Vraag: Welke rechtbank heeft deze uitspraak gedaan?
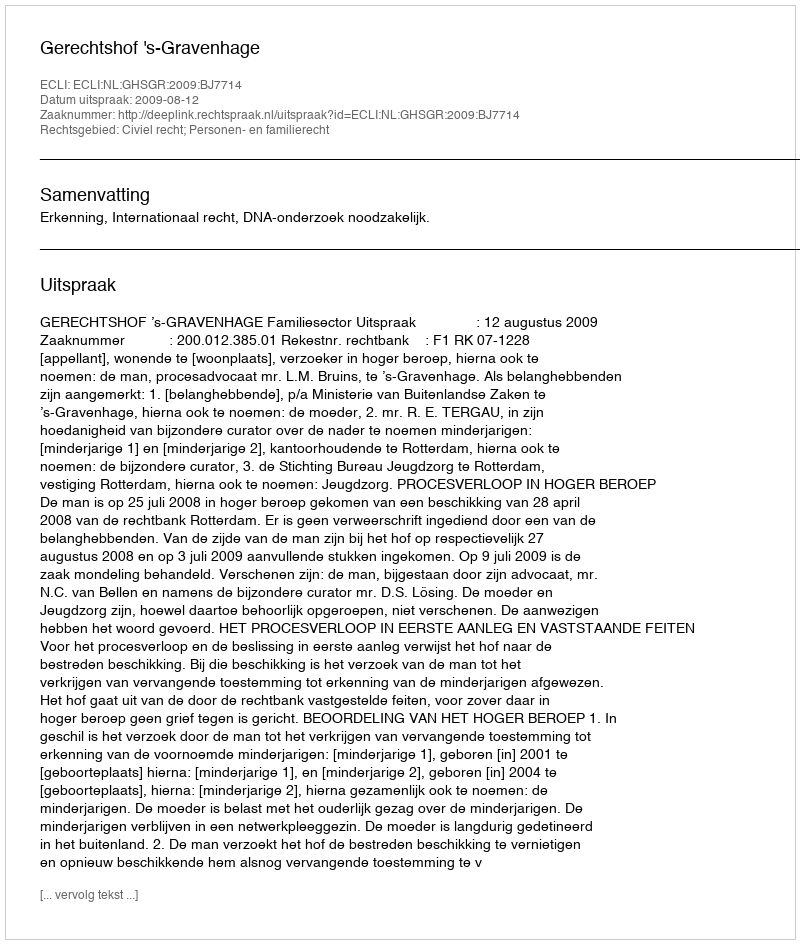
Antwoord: Gerechtshof 's-Gravenhage